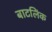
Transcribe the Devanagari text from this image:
बाटलिंक